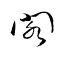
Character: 閖